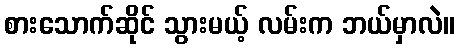
စားသောက်ဆိုင် သွားမယ့် လမ်းက ဘယ်မှာလဲ။